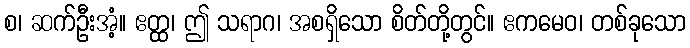
စ၊ ဆက်ဦးအံ့။ ဧတ္ထ၊ ဤ သရာဂ၊ အစရှိသော စိတ်တို့တွင်။ ဧကမေဝ၊ တစ်ခုသော